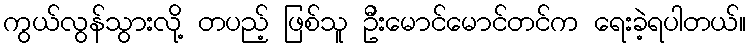
ကွယ်လွန်သွားလို့ တပည့် ဖြစ်သူ ဦးမောင်မောင်တင်က ရေးခဲ့ရပါတယ်။